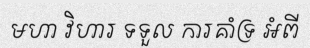
មហា វិហារ ទទួល ការគាំទ្រ អំពី